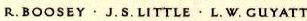
R.BOOSEY·J.S.LITTLE·L.W.GUYATT